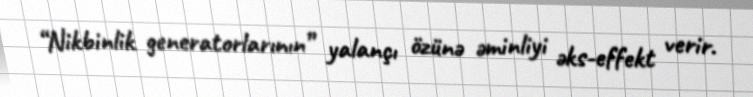
“Nikbinlik generatorlarının” yalançı özünə əminliyi əks-effekt verir.